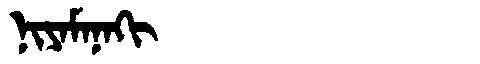
Manchu: ᠨᡳᠶᠠᠮᠠᠨᠠᡴᡳ
Romanization: NIYAMANAKI